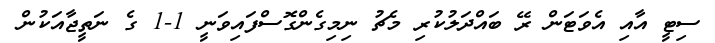
ސިޓީ އާއި އެވަޓަން ރޭ ބައްދަލުކުރި މެޗު ނިމިގެންގޮސްފައިވަނީ 1-1 ގެ ނަތީޖާއަކުން